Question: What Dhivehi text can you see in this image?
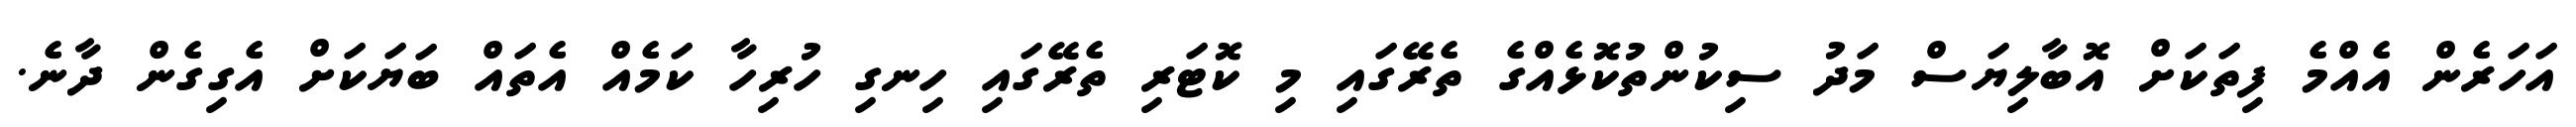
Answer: އަހަރެން އެއްމެ ފިތަކަށް އޮބާލިޔަސް މަދު ސިކުންތުކޮޅެއްގެ ތެރޭގައި މި ކޮޓަރި ތެރޭގައި ހިނގި ހުރިހާ ކަމެއް އެތައް ބަޔަކަށް އެގިގެން ދާނެ.